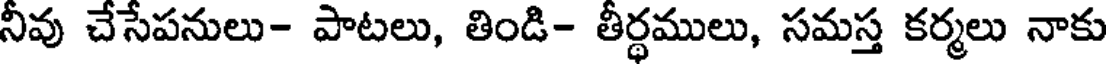
నీవు చేసేపనులు- పాటలు, తిండి- తీర్థములు, సమస్త కర్మలు నాకు